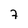
Character: 7